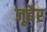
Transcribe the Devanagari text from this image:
जूबैर